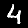
Label: 4